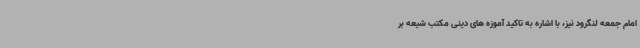
امام جمعه لنگرود نیز، با اشاره به تاکید آموزه های دینی مکتب شیعه بر